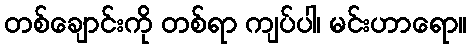
တစ်ချောင်းကို တစ်ရာ ကျပ်ပါ၊ မင်းဟာရော။